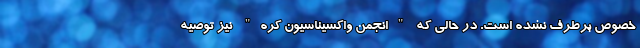
خصوص برطرف نشده است. در حالی که "انجمن واکسیناسیون کره" نیز توصیه